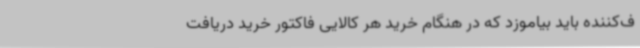
ف‌کننده باید بیاموزد که در هنگام خرید هر کالایی فاکتور خرید دریافت